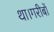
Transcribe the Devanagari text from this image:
था।गरीबों